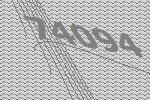
74094